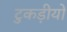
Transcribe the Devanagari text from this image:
टुकड़ीयों